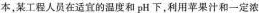
本，某工程人员在适宜的温度和pH下，利用苹果汁和一定浓